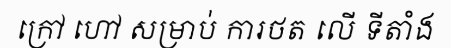
ក្រៅ ហៅ សម្រាប់ ការថត លើ ទីតាំង